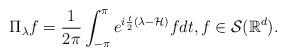
LaTeX: \begin{align*} \Pi_\lambda f = \frac{1}{2\pi}\int_{-\pi}^{\pi} e^{i\frac t2(\lambda-\mathcal H)}fdt, f\in \mathcal S(\mathbb R^d).\end{align*}